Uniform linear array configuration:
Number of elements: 24
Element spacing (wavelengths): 0.75
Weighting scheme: binomial
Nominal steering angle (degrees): -15
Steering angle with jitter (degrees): -16.075
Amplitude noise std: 0.05
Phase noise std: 0.05

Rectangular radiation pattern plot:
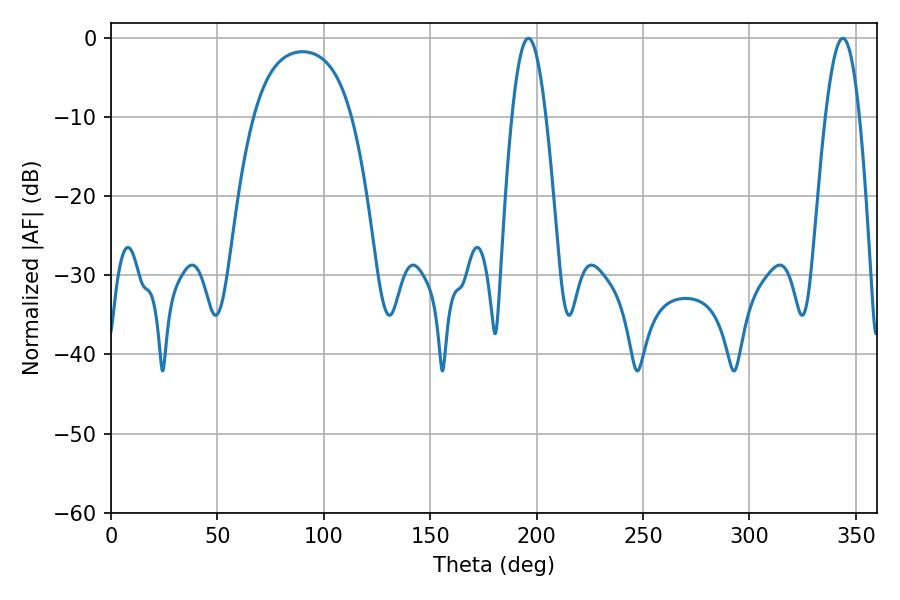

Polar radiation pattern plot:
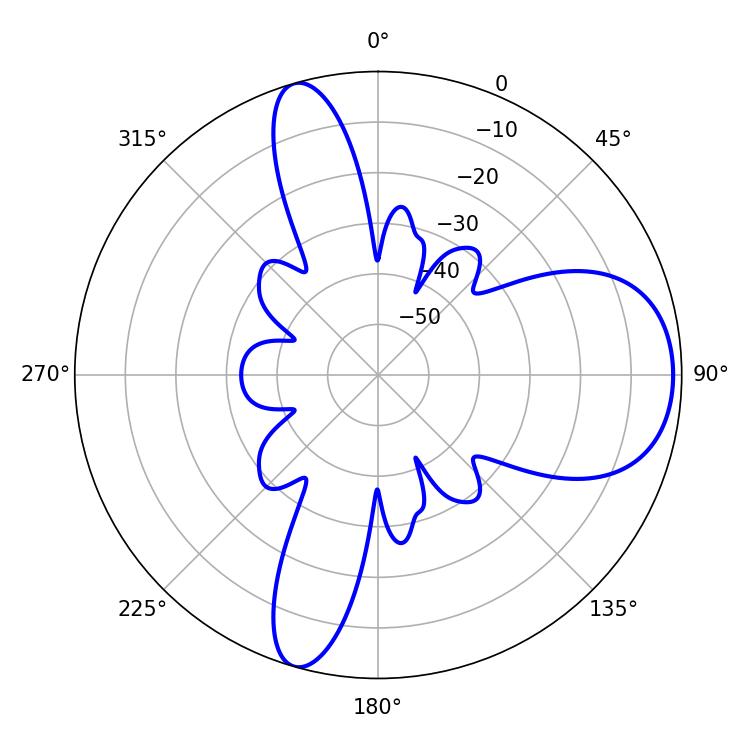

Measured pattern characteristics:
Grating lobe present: TRUE
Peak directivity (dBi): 8.655
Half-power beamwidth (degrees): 8.64
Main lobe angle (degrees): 343.8